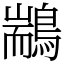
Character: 䳪